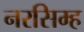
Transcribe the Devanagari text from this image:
नरसिम्ह